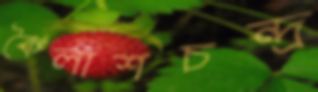
কৈলাশচন্দ্র